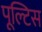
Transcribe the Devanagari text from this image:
पूल्टिस